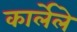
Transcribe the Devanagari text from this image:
कार्लेले